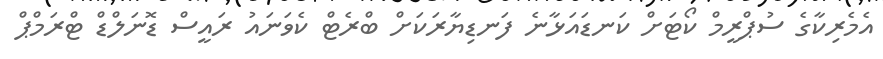
އެމެރިކާގެ ސުޕްރީމް ކޯޓަށް ކަނޑައަޅާނެ ފަނޑިޔާރަކަށް ބްރެޓް ކެވަނައު ރައީސް ޑޮނަލްޑް ޓްރަމްޕް